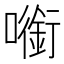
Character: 㘅